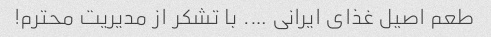
طعم اصیل غذای ایرانی …. با تشکر از مدیریت محترم!